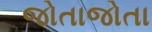
જોતાજોતા